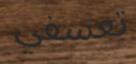
تعسفي